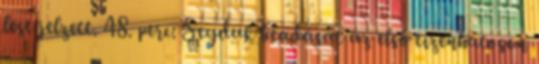
lest jelzett. 48. perc: Seyduk beadását az első tizenhatoson